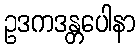
ဥဒကဒန္တပေါနာ